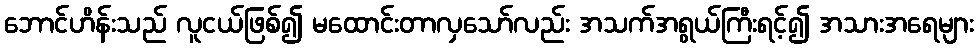
ဘောင်ဟိန်းသည် လူငယ်ဖြစ်၍ မထောင်းတာလှသော်လည်း အသက်အရွယ်ကြီးရင့်၍ အသားအရေများ